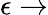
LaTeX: \epsilon\to